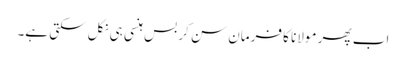
اب پھر مولانا کا فرمان سن کر بس ہنسی ہی نکل سکتی ہے۔